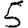
Digit: 5